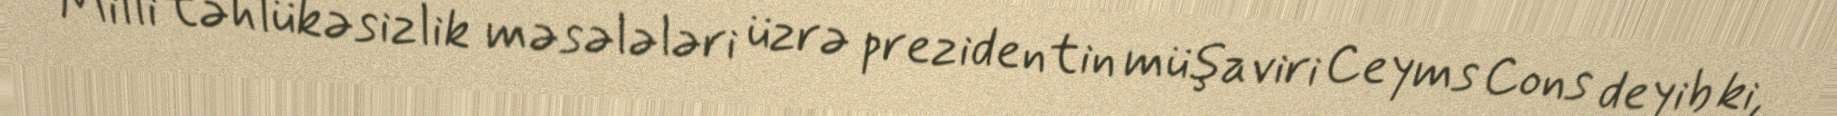
Milli təhlükəsizlik məsələləri üzrə prezidentin müşaviri Ceyms Cons deyib ki,